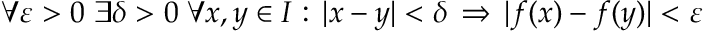
\forall \varepsilon > 0 \; \exists \delta > 0 \; \forall x , y \in I : \, | x - y | < \delta \, \Rightarrow \, | f ( x ) - f ( y ) | < \varepsilon